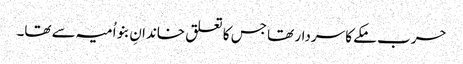
حرب مکے کا سردار تھا جس کا تعلق خاندانِ بنو اُمیہ سے تھا۔